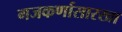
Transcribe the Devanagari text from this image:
गजकर्णासारखा